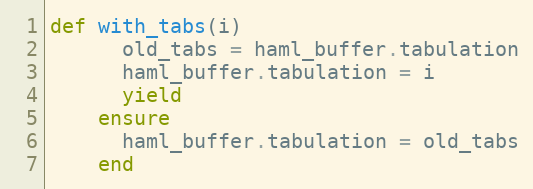
Language: Ruby
def with_tabs(i)
      old_tabs = haml_buffer.tabulation
      haml_buffer.tabulation = i
      yield
    ensure
      haml_buffer.tabulation = old_tabs
    end